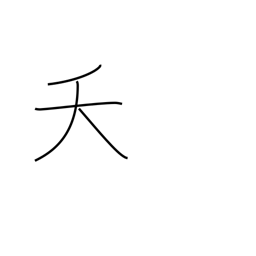
Meaning: early death